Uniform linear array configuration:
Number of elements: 8
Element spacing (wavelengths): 0.5
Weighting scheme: hamming
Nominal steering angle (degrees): -30
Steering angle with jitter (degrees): -29.915
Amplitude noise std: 0.05
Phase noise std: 0.05

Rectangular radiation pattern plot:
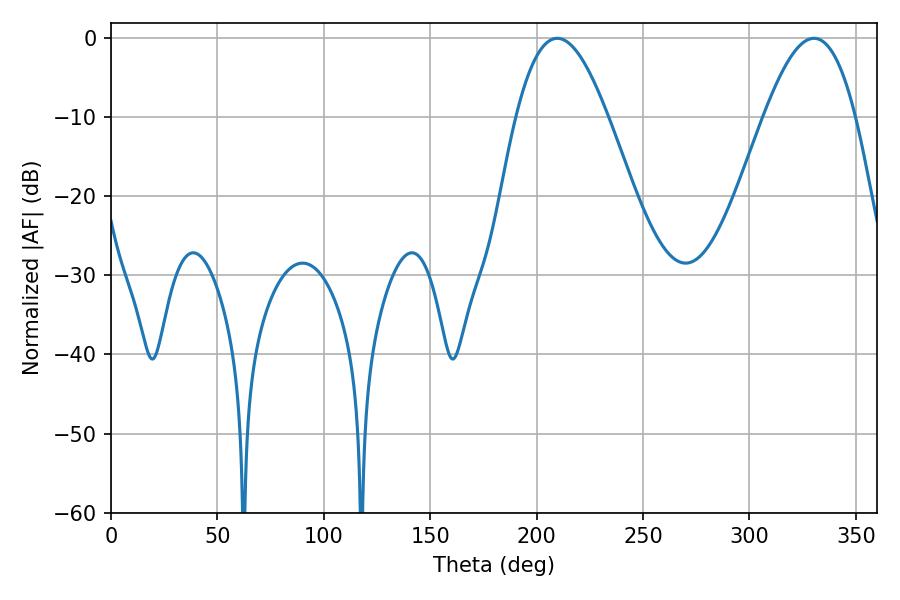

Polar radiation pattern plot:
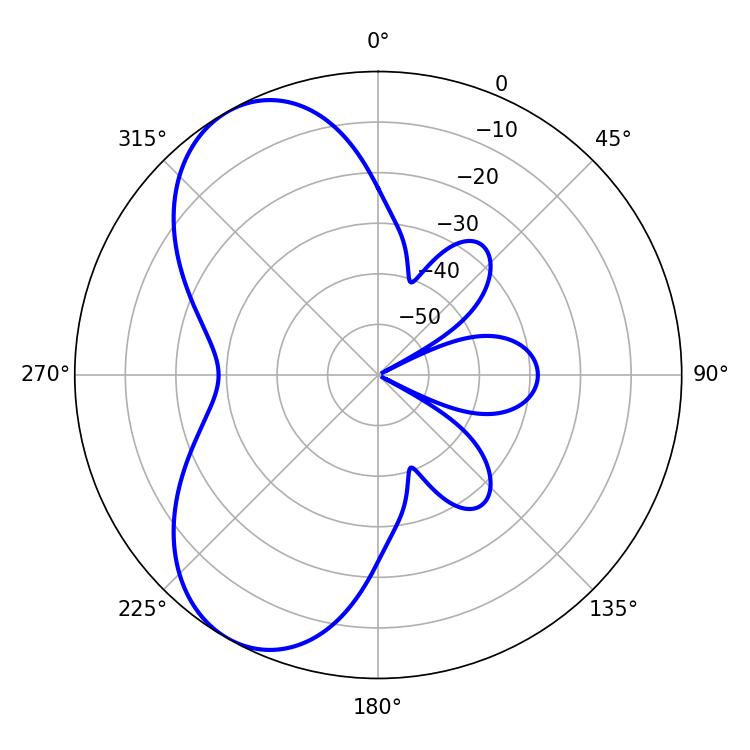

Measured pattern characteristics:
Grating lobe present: FALSE
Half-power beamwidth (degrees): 23.4
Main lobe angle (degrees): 209.7